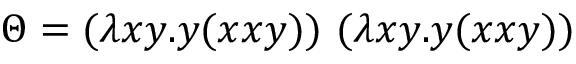
\Theta = ( \lambda x y . y ( x x y ) ) \ ( \lambda x y . y ( x x y ) )